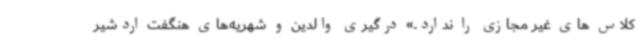
کلاس های غیر مجازی را ندارد.» درگیری والدین و شهریه‌های هنگفت اردشیر